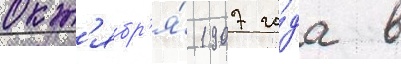
окт'ябр'я́ 1907 го́да в